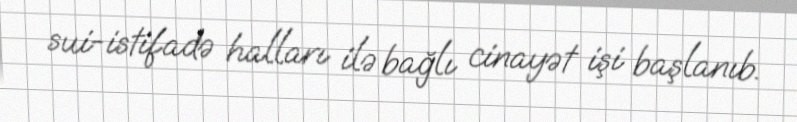
sui-istifadə halları ilə bağlı cinayət işi başlanıb.